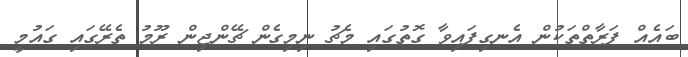
ބައެއް ފަރާތްތަކުން އެނގިފައިވާ ގޮތުގައި މެޗު ނިމިގެން ޗޭންޖިން ރޫމު ތެރޭގައި ގައުމީ